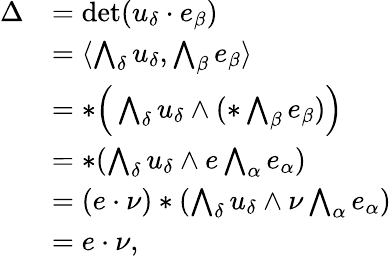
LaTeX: \begin{array}{rl}{\Delta}&{=\operatorname*{det}(u_{\delta}\cdot e_{\beta})}\\ &{=\langle\bigwedge_{\delta}u_{\delta},\bigwedge_{\beta}e_{\beta}\rangle}\\ &{=*\Big(\bigwedge_{\delta}u_{\delta}\wedge(*\bigwedge_{\beta}e_{\beta})\Big)}\\ &{=*(\bigwedge_{\delta}u_{\delta}\wedge e\bigwedge_{\alpha}e_{\alpha})}\\ &{=(e\cdot\nu)*(\bigwedge_{\delta}u_{\delta}\wedge\nu\bigwedge_{\alpha}e_{\alpha})}\\ &{=e\cdot\nu,}\end{array}